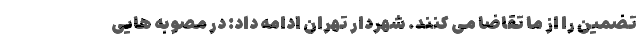
تضمین را از ما تقاضا می کنند. شهردار تهران ادامه داد: در مصوبه هایی